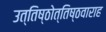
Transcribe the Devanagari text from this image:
उत्तिष्ठोत्तिष्ठवाराह